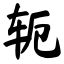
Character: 轭